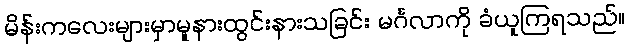
မိန်းကလေးများမှာမူနားထွင်းနားသခြင်း မင်္ဂလာကို ခံယူကြရသည်။